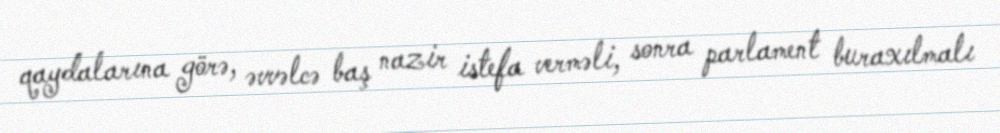
qaydalarına görə, əvvəlcə baş nazir istefa verməli, sonra parlament buraxılmalı